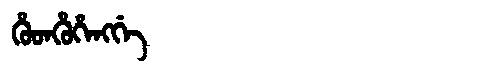
Manchu: ᡥᡠᡨᡥᡠᡥᡝᠩᡤᡝ
Romanization: HUTHUHENGGE